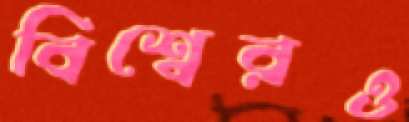
বিশ্বেরও